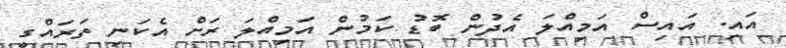
އައި. އައިސް އަމިއްލަ އެދުން ބޮޑު ކަމުން އަމިއްލަ ރަށް އެކަނި ތަރައްގީ